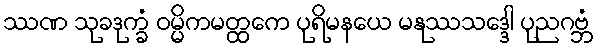
ဿဏ သုခဒုက္ခံ ဝမ္မိကမတ္ထကေ ပုရိမနယေ မနုဿသဒ္ဒေါ ပုညဂဗ္ဘံ